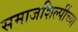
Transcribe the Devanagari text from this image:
समाजशिल्पींच्या